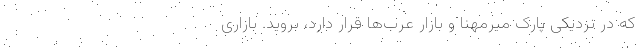
که در نزدیکی پارک میرمهنا و بازار عرب‌ها قرار دارد، بروید. بازاری